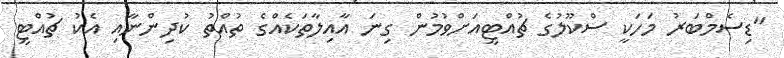
"ޑިސެމްބަރު މަހަކީ ސްކޫލުގެ ޗުއްޓީއަށްވުމުން ގިނަ އާއިލާތަކެއްގެ ތުއްތު ކުދިންނާއި އެކު ޗުއްޓީ